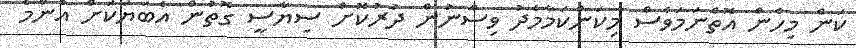
ކަން މިހެން އޮތްނަމަވެސް މިކަންކަމާމެދު ވިސްނުން ދުރުކޮށް ސިޔާސީ ގޮތުން އެބަޔަކަށް އެންމެ